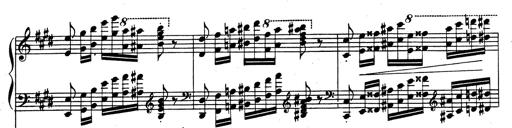
Title: Rhapsodie espagnole
Composer: Franz Liszt